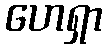
ဟေရှာ